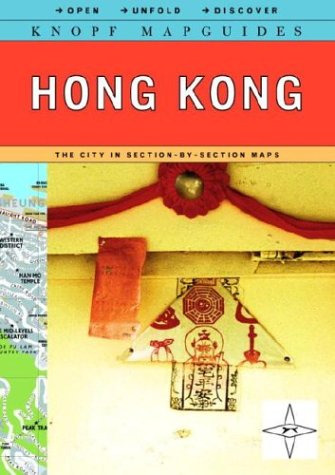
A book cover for Knopf MapGuide: Hong Kong (Knopf Mapguides); Knopf Guides; Travel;